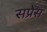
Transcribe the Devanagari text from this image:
सप्रेस